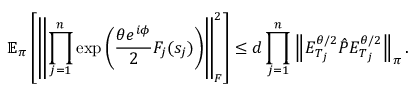
\mathbb { E } _ { \boldsymbol \pi } \left[ \left\lVert \prod _ { j = 1 } ^ { n } \exp \left( \frac { \theta e ^ { i \phi } } { 2 } F _ { j } ( s _ { j } ) \right) \right\rVert _ { F } ^ { 2 } \right] \leq d \prod _ { j = 1 } ^ { n } \left\lVert E _ { T _ { j } } ^ { \theta / 2 } \hat { P } E _ { T _ { j } } ^ { \theta / 2 } \right\rVert _ { \boldsymbol \pi } .